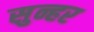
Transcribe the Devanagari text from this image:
सुन्हर